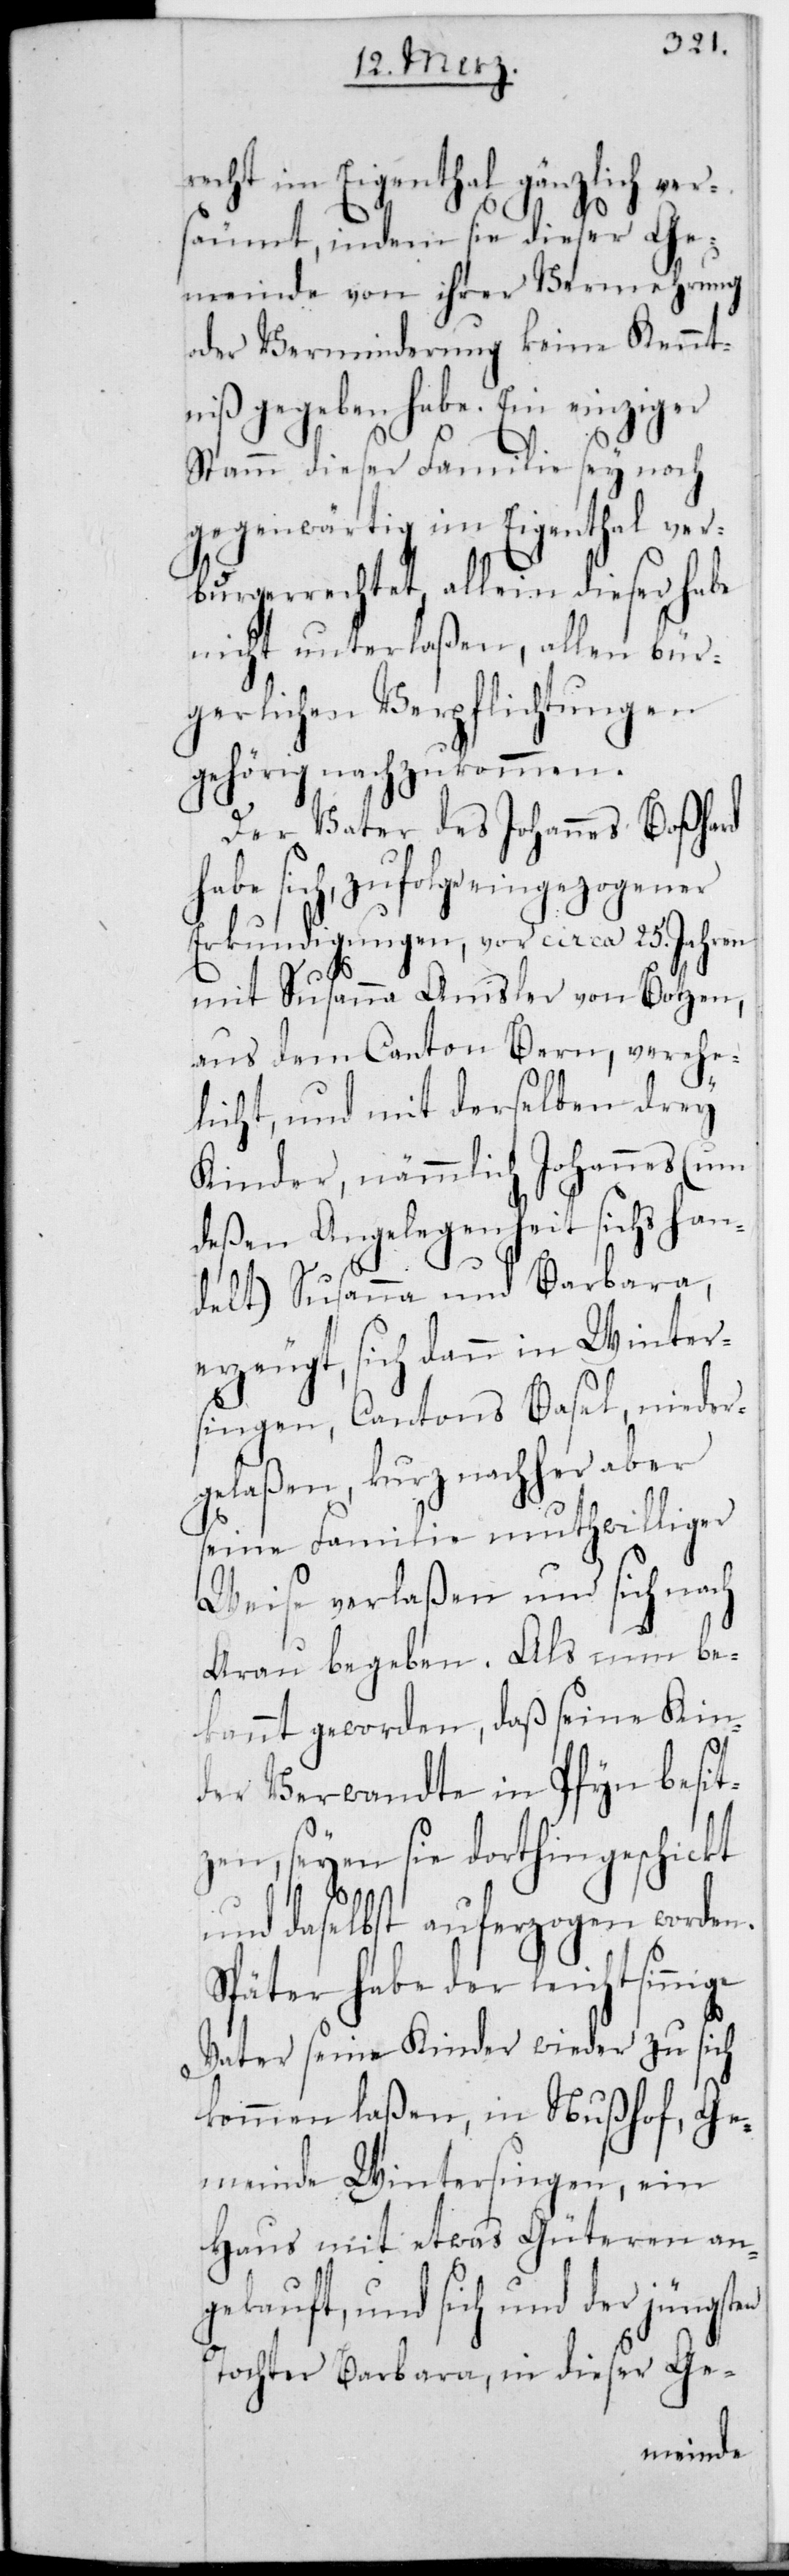
Bürger¬
recht im Eigenthal gänzlich ver¬
ige
säumt, indem sie dieser Ge¬
meinde von ihrer Vermehrung
oder Verminderung keine Kennt¬
niß gegeben habe. Ein einziger
Stamm dieser Familie sey noch
gegenwärtig im Eigenthal ver¬
burgerrechtet, allein dieser habe
nicht unterlaßen, allen bür¬
gerlichen Verpflichtungen
gehörig nachzukommen.
Der Vater des Johannes Boßhard
habe sich, zufolge eingezogener
Erkundigungen, vor circa 25. Jahren
mit Susanna Amsler von Botzen
aus dem Canton Bern, verehe¬
licht, und mit derselben drey
Kinder, nämmlich Johannes (um
deßen Angelegenheit sichs han¬
delt), Susanna und Barbara,
erzeugt, sich dann in Winter¬
singen, Cantons Basel, nieder¬
gelaßen, kurz nachher aber
seine Familie mutwilliger
Weise verlaßen und sich nach
Arau begeben. Als nun be¬
kannt geworden, daß seine Kin¬
der Verwandte in Pfyn besit¬
zen, seyen sie dorthin geschickt
und daselbst auferzogen worden.
Später habe der leichtsinn¬
Vater seine Kinder wieder zu sich
kommen laßen, in Nußhof, Ge¬
meinde Wintersingen, ein
Haus mit etwas Güteren an¬
gekauft und sich und der jüngsten
Tochter Barbara, in dieser Ge-